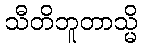
သီတိဘူတာသ္မိ